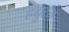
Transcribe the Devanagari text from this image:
हयुटन